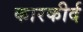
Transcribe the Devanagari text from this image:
कारकीर्द